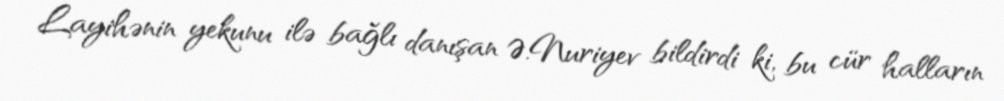
Layihənin yekunu ilə bağlı danışan Ə.Nuriyev bildirdi ki, bu cür halların